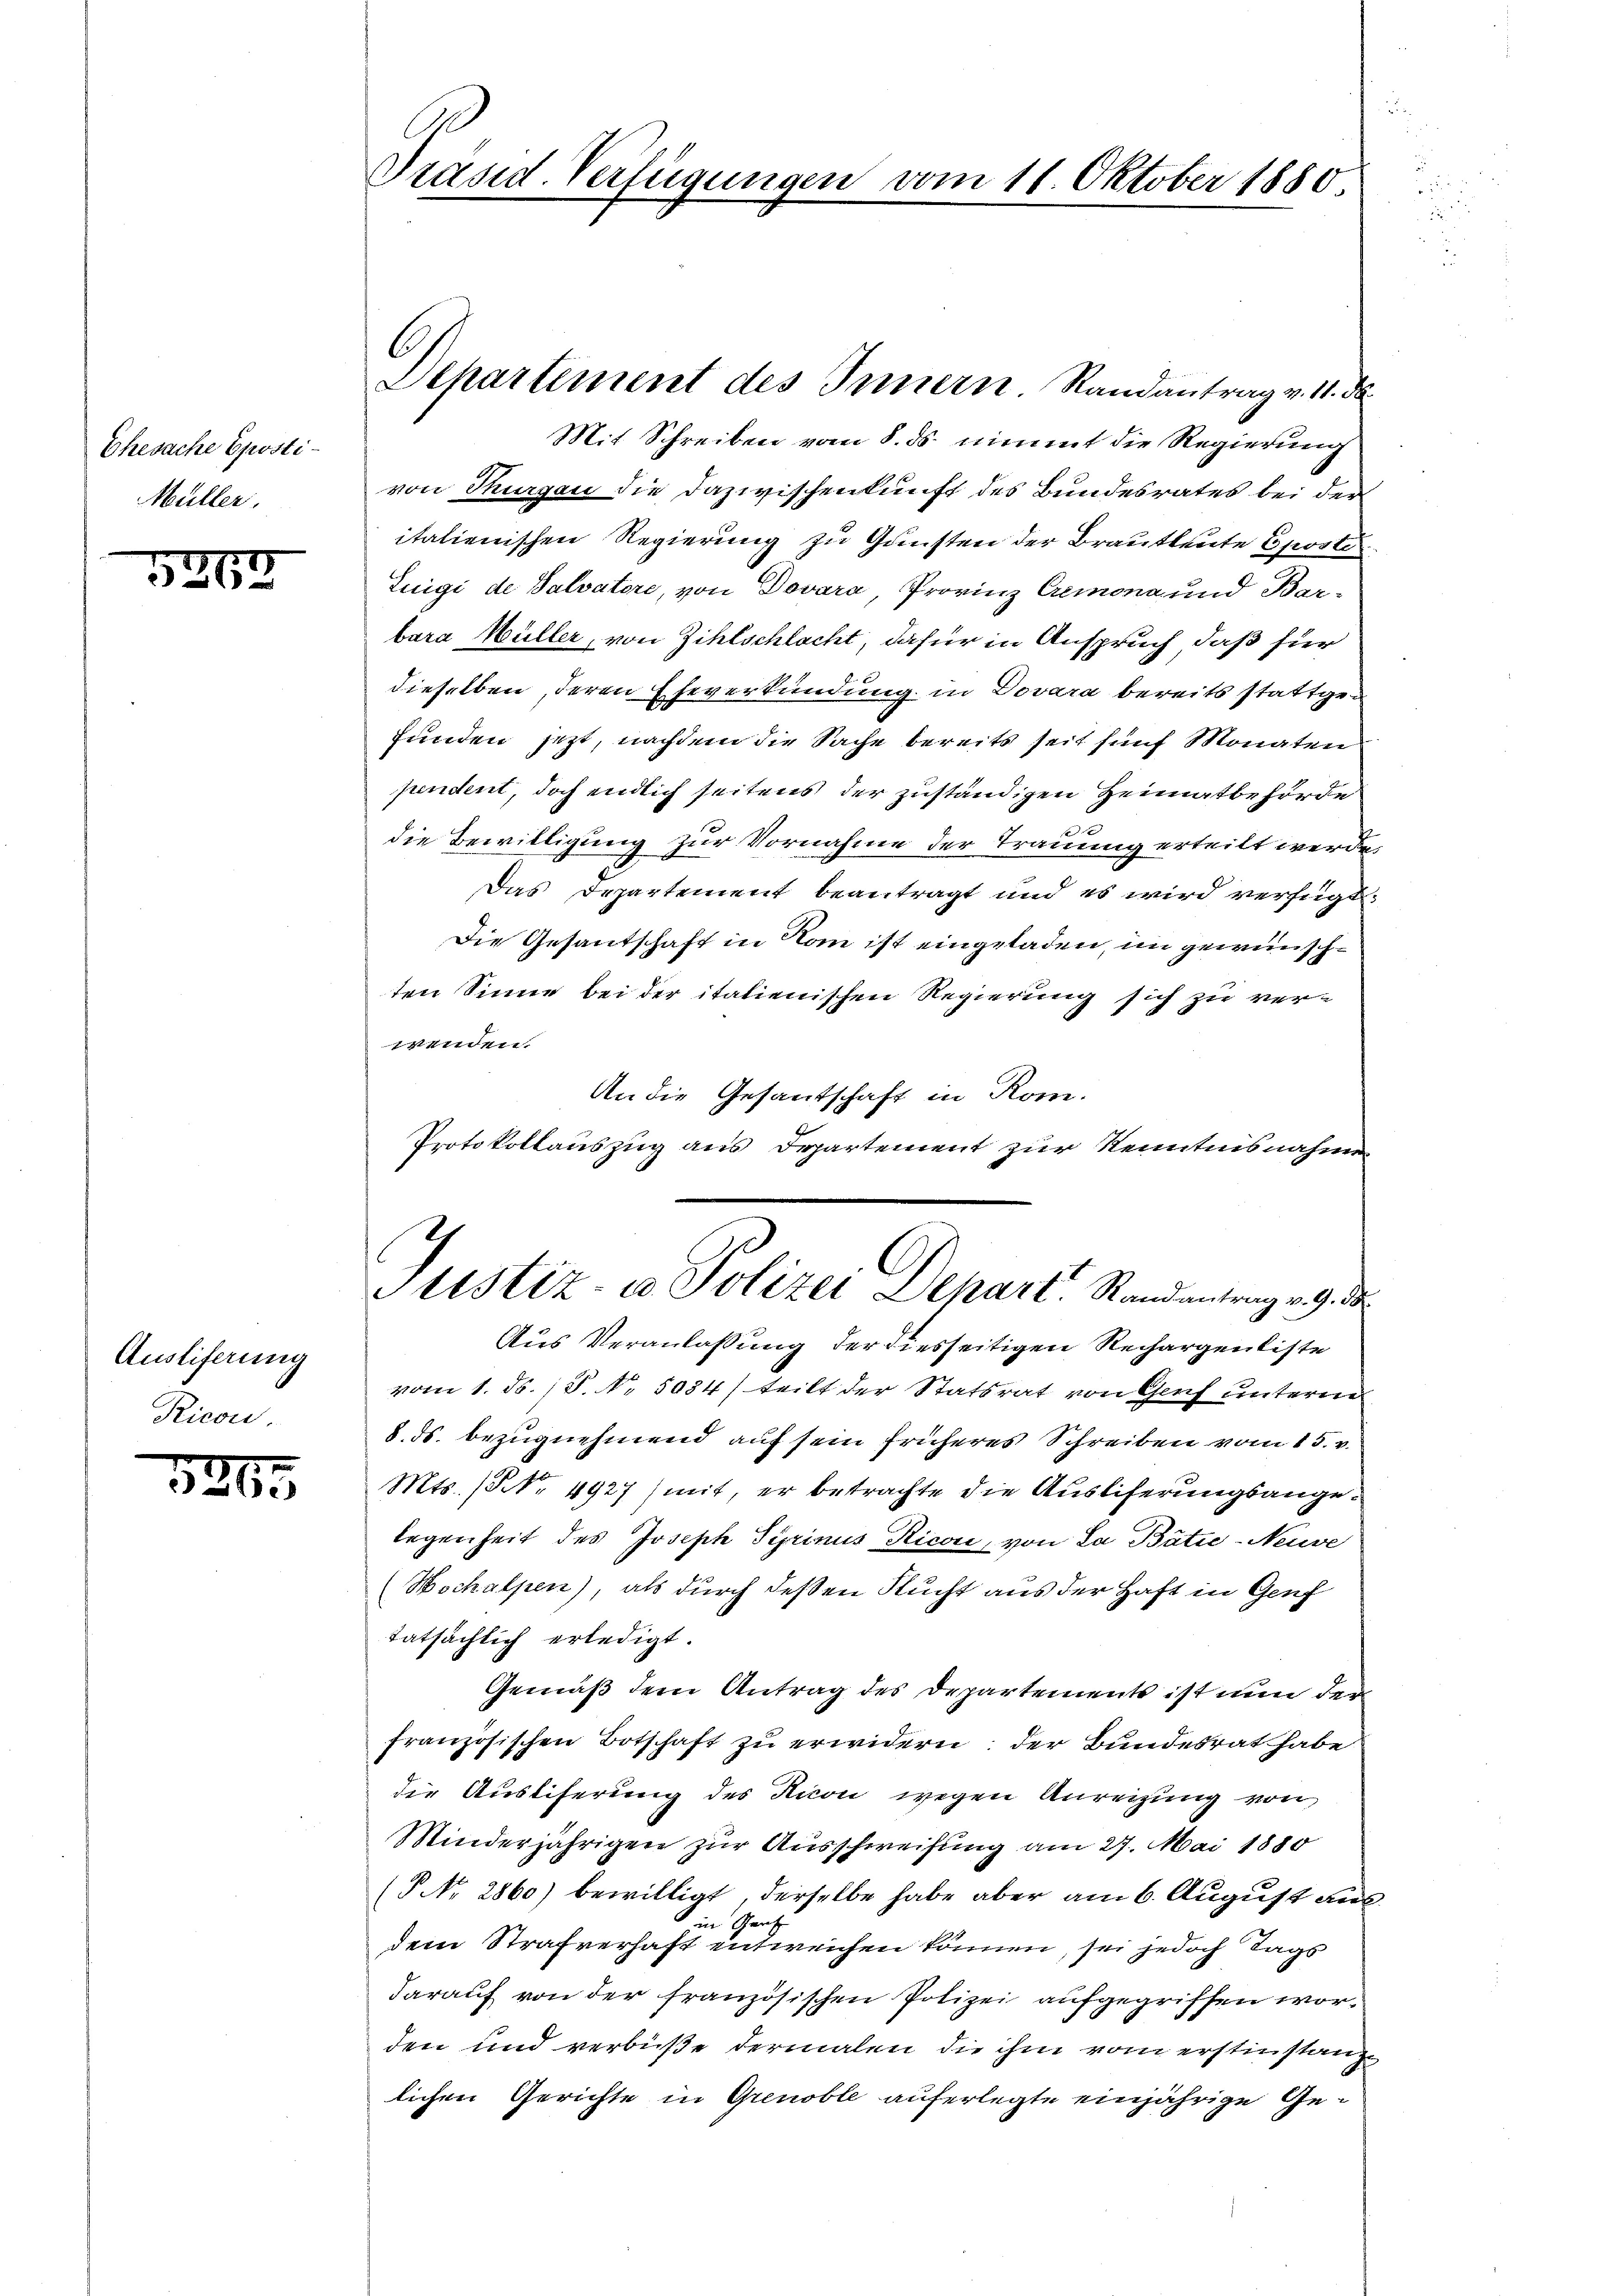
Ehesache Eposti¬
Müller.

5265

Austiferung
Ricon.

326.

Präsid. Verfügungen

6
Separtement des Innern. Randantrag v. 11. d

Mit Schreiben vom 8. ds. nimmt die Regierung
von Thurgau die Dazwischenkunft des Bundesrates bei der
italienischen Regierung zu Gunsten der Brautleute Eposte
Luigi de Salvatore, von Dovara, Provinz Cremona und Barbara Müller, von Zihlschlacht, dafür in Anspruch, daß für
dieselben, deren Eheverkündung in Dovara bereits stattgefunden jezt, nachdem die Sache bereits seit fünf Monaten
pendent, doch endlich seitens der zuständigen Heimatbehörde
die Bewilligung zur Vornahme der Trauung erteilt werde.
Das Departement beantragt und es wird verfügt:
Die Gesantschaft in Nan ist eingeladen, im gewünschten Sinne bei der italienischen Regierung sich zu verwenden.
An die Gesantschaft in Rom.
Protokollauszug aus Departement zur Kenntnisnahme
Justiz- u. Polizei Depart. Randantrag v. 9. d.
Aus Veranlassung der diesseitigen Rechargenliste
vom 1. d. 1 S. Nr. 5034) teilt der Statsrat von Genf unterm
8. ds. bezugnehmend auf sein früheres Schreiben vom 15. v.
Mts. (Nr. 4927) mit, er betrachte die Ausliferungsangelegenheit des Joseph Syrinus Ricon, von La Báti-Neuve
(Hochalpen), als durch deßen Rucht aus der Haft in Genf
tatsächlich erledigt.
Gemäß dem Antrag des Departements ist nun der
französischen Botschaft zu erwidern; der Bundesrat habe
die Ausliserung des Ricon wegen Anreizung von
Minderjährigen zur Ausschweifung am 27. Mai 1880
(P. Nr. 2860) bewilligt, derselbe habe aber am 6. August aus
in Graf
dem Strafverhaft entweichen können, sei jedoch Tags
darauf von der französischen Polizei aufgegriffen worden und verbüße dermalen die ihm vom erstinstanz
lichen Gerichte in Grenoble auferlegte einjährige Ge¬

vom 11. Oktober 1880